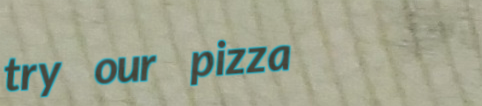
try our pizza